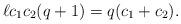
LaTeX: \begin{align*} \ell c_1c_2 (q+1) = q (c_1+c_2).\end{align*}